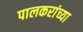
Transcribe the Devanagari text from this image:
पालकरांच्या